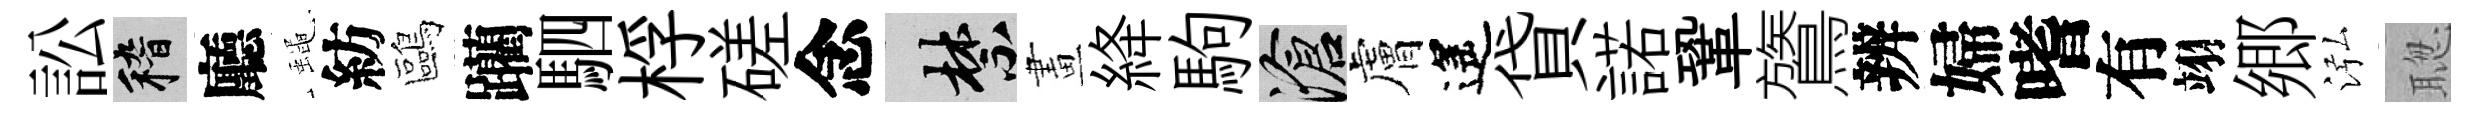
訟稽廳蠅紡鷗躪駟桴磋念禁畫絳駒滄膚遙貸諾鞏鷟辨婦嗜有翊郷泓聦